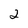
Character: 2